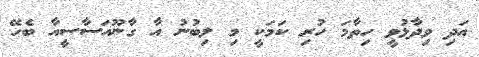
އަދި ވިދާޅުވީ ހިތާމަ ހުރި ކަމަކީ މި ލިބުނު އާ ގާނޫއަސާސީއާ ބެހޭ